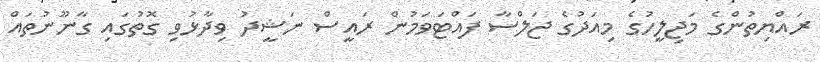
ރައްޔިތުންގެ މަޖިލީހުގެ މިއަދުގެ ޖަލްސާ ފައްޓަވަމުން ރައީސް ނަޝީދު ވިދާޅުވި ގޮތުގައި ގާނޫނުތައް